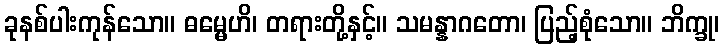
ခုနစ်ပါးကုန်သော။ ဓမ္မေဟိ၊ တရားတို့နှင့်။ သမန္နာဂတော၊ ပြည့်စုံသော။ ဘိက္ခု၊